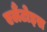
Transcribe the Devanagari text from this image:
एलैंटोइस